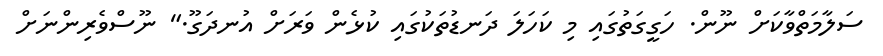
ސަލާމަތްވާކަށް ނޫން. ހަގީގަތުގައި މި ކަހަލަ ދަނޑުތަކުގައި ކުޅެން ވަރަށް އުނދަގޫ." ނޫސްވެރިންނަށް